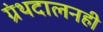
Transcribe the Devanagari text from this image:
ग्रंथदालनही